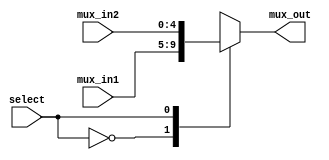
`timescale 1ns/1ns

module MUX2_to_1_5bit (mux_in1, mux_in2, mux_out, select);

    parameter bit_width = 5;

    input [bit_width-1:0] mux_in1,mux_in2;
    output reg  [bit_width-1:0] mux_out;
    input select;

    always@(*)
    begin
        case(select)
            1'b0: mux_out <= mux_in1;
            1'b1: mux_out <= mux_in2;
            default: mux_out <= 5'bz;
        endcase
    end

endmodule